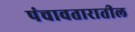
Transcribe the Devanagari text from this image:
पंचावतारातील